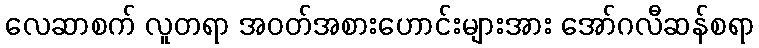
လေဆာစက် လူတရာ အဝတ်အစားဟောင်းများအား အော်ဂလီဆန်စရာ